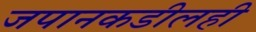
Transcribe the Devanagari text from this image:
जपानकडीलही